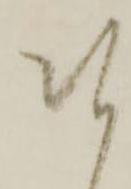
皆